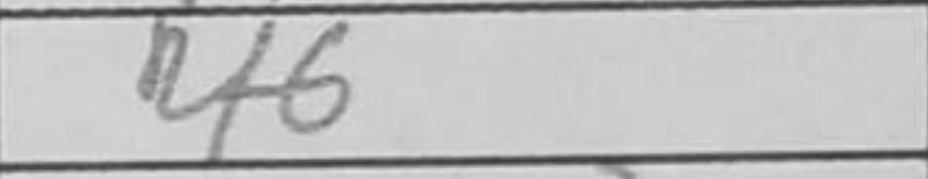
Transcription: Rf6